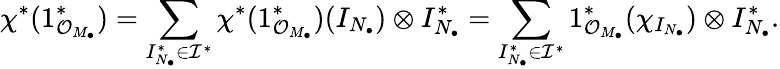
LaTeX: \chi^{*}(1_{{\mathcal O}_{M_{\bullet}}}^{*})=\sum_{I_{N_{\bullet}}^{*}\in{\mathcal I}^{*}}\chi^{*}(1_{{\mathcal O}_{M_{\bullet}}}^{*})(I_{N_{\bullet}})\otimes I_{N_{\bullet}}^{*}=\sum_{I_{N_{\bullet}}^{*}\in{\mathcal I}^{*}}1_{{\mathcal O}_{M_{\bullet}}}^{*}(\chi_{I_{N_{\bullet}}})\otimes I_{N_{\bullet}}^{*}.